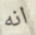
انه